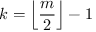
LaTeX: k = \left\lfloor { \frac { m } { 2 } } \right\rfloor - 1